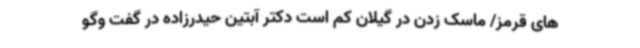
های قرمز/ ماسک زدن در گیلان کم است دکتر آبتین حیدرزاده در گفت وگو